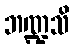
ဘဏ္ဍသိ